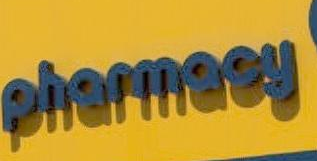
pharmacy